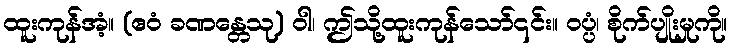
ထူးကုန်အံ့။ (ဧဝံ ခဏန္တေသု) ဝါ၊ ဤသို့ထူးကုန်သော်၎င်း။ ဝပ္ပံ၊ စိုက်ပျိုးမှုကို။